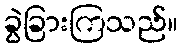
ခွဲခြားကြသည်။